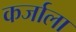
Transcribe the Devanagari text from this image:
कर्जाला